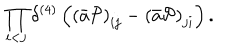
\prod _ { i < j } \delta ^ { ( 4 ) } \left( \left( \bar { a } { \cal P } \right) _ { i j } - \left( \bar { a } { \cal P } \right) _ { j i } \right) .